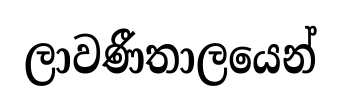
ලාවණීතාලයෙන්